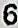
6